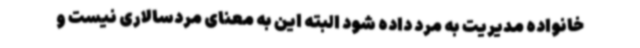
خانواده مدیریت به مرد داده شود البته این به معنای مردسالاری نیست و